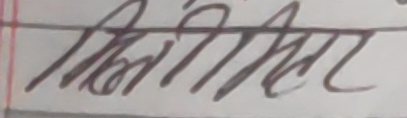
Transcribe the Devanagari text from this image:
मिर्मिर